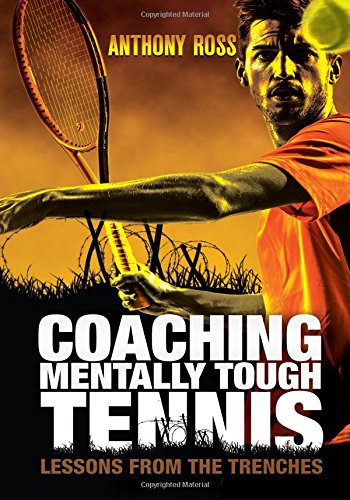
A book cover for Coaching Mentally Tough Tennis: Lessons From The Trenches; Anthony Ross; Sports & Outdoors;